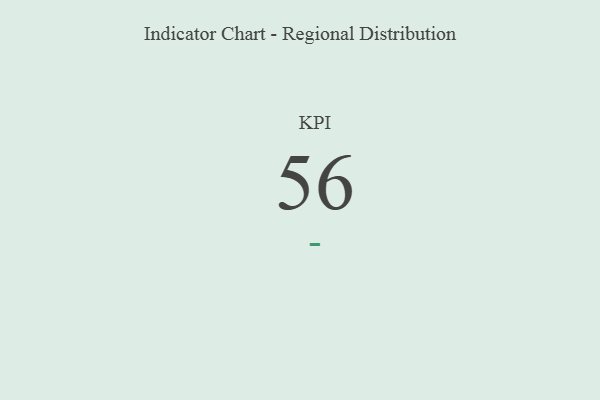
{"axis": {"x": "KPI", "y": "Value"}, "legend": [""], "data": [{"x": "KPI", "y": 56, "type": ""}]}